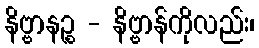
နိဗ္ဗာနဉ္စ - နိဗ္ဗာန်ကိုလည်း၊